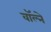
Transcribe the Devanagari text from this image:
वॉल्ने